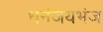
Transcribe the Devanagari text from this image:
धनंजयभंज